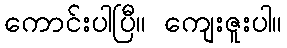
ကောင်းပါပြီ။ ကျေးဇူးပါ။